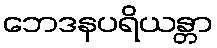
ဘေဒနပရိယန္တာ